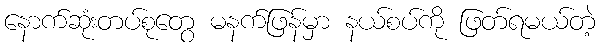
နောက်ဆုံးတပ်စုတွေ မနက်ဖြန်မှာ နယ်စပ်ကို ဖြတ်ရမယ်တဲ့